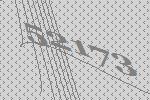
52173